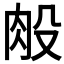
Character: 𰮏